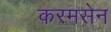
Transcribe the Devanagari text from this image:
करमसेन